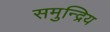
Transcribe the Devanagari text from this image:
समुन्द्रिय